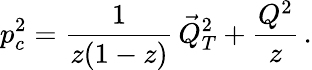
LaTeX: p_{c}^{2}=\frac{1}{z(1-z)}\, \vec{Q}_{T}^{2}+\frac{Q^{2}}{z}\, .